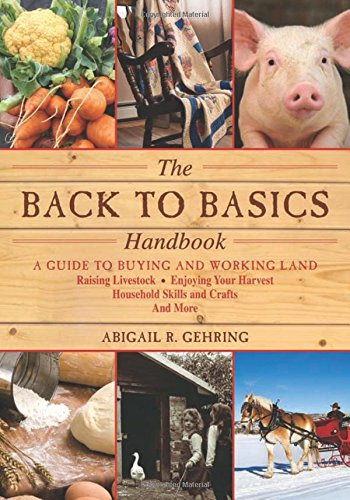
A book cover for The Back to Basics Handbook: A Guide to Buying and Working Land, Raising Livestock, Enjoying Your Harvest, Household Skills and Crafts, and More (The Handbook Series); Crafts, Hobbies & Home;